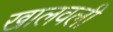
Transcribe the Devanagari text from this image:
खालवली